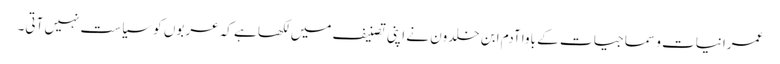
عمرانیات و سماجیات کے باوا آدم ابن خلدون نے اپنی تصنیف میں لکھا ہے کہ عربوں کو سیاست نہیں آتی۔